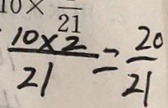
\frac { 1 0 \times 2 } { 2 1 } = \frac { 2 0 } { 2 1 }